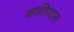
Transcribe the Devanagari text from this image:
शातियाल